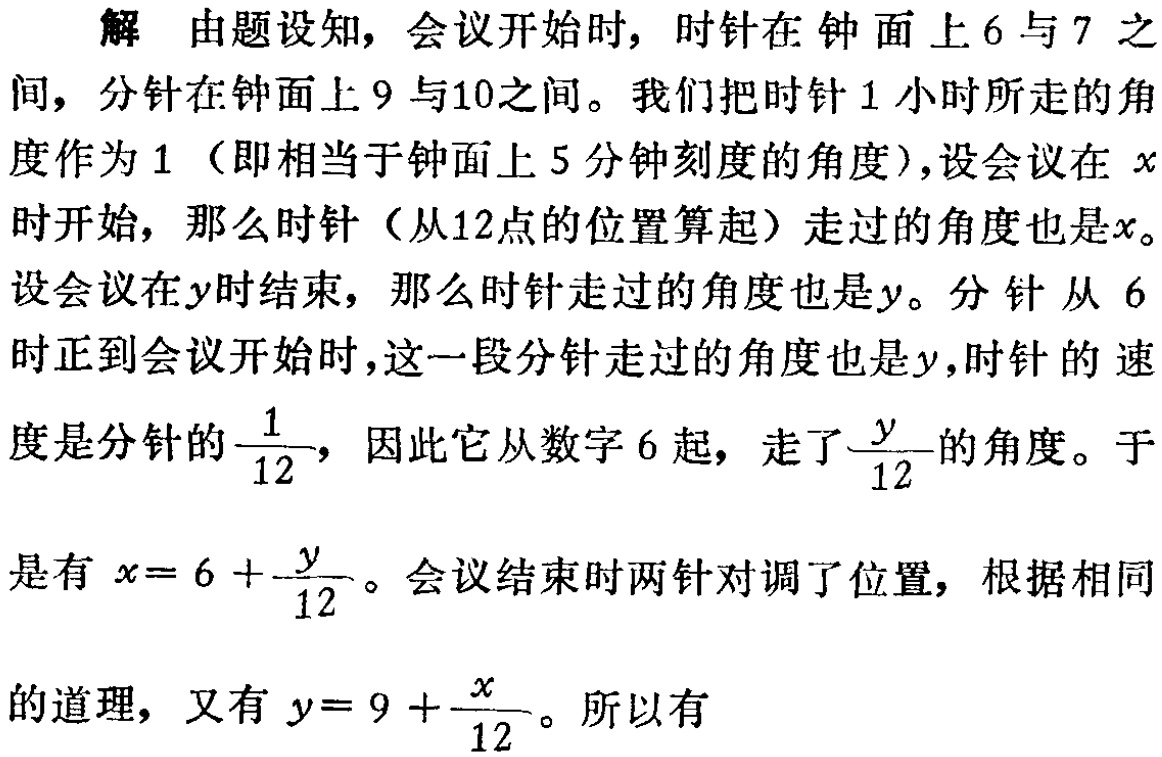
解 由题设知，会议开始时，时针在钟面上$6$与$7$之间，分针在钟面上$9$与$10$之间。我们把时针$1$小时所走的角度作为$1$（即相当于钟面上$5$分钟刻度的角度），设会议在$x$时开始，那么时针（从12点的位置算起）走过的角度也是$x$。设会议在$y$时结束，那么时针走过的角度也是$y$。分针从$6$时正到会议开始时，这一段分针走过的角度也是$y$，时针的速度是分针的$\frac{1}{12}$，因此它从数字$6$起，走了$\frac{y}{12}$的角度。于是有$x = 6+\frac{y}{12}$。会议结束时两针对调了位置，根据相同的道理，又有$y = 9+\frac{x}{12}$。所以有